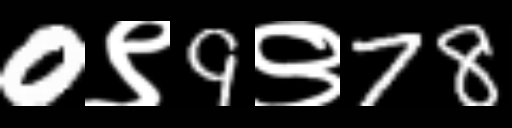
Text: 0९9९78